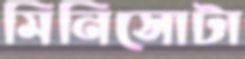
মিনিসোটা